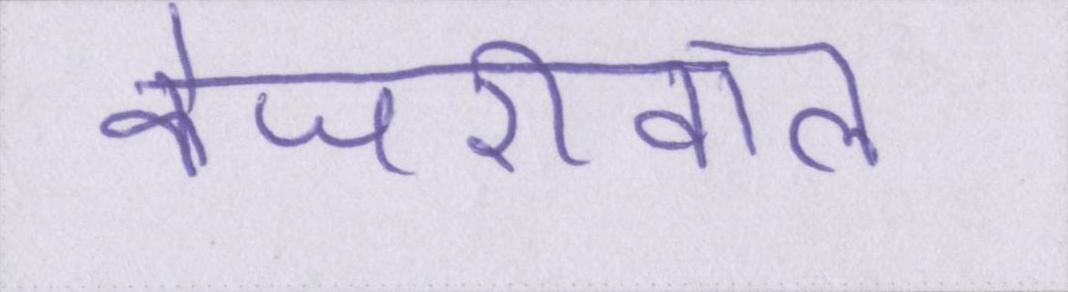
केजरीवाल